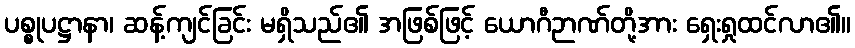
ပစ္စုပဋ္ဌာနာ၊ ဆန့်ကျင်ခြင်း မရှိသည်၏ အဖြစ်ဖြင့် ယောဂီဉာဏ်တို့အား ရှေးရှုထင်လာ၏။